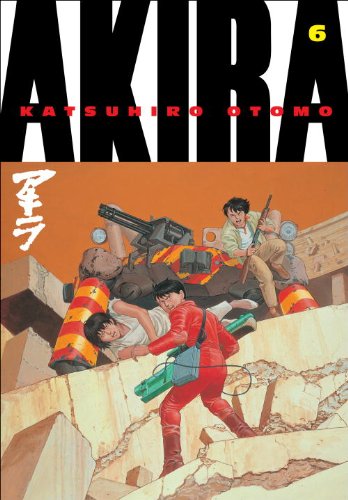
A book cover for Akira, Vol. 6; Katsuhiro Otomo; Comics & Graphic Novels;